Materia medica of Madras volume I
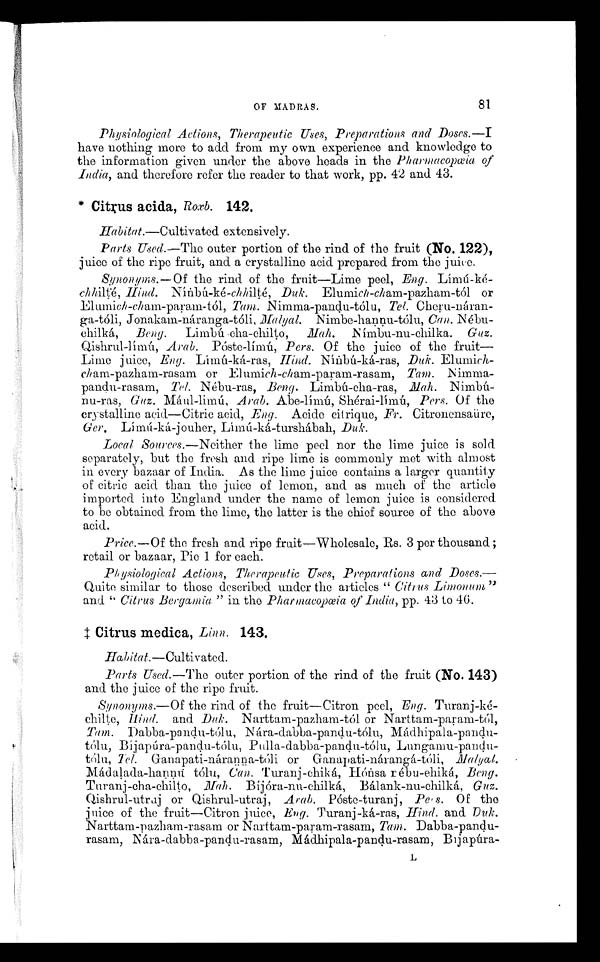
OF MADRAS.
81
Physiological Actions, Therapeutic Uses, Preparations and Doses.— I
have nothing more to add from my own experience and knowledge to
the information given under the above heads in the Pharmacopœia of
India, and therefore refer the reader to that work, pp. 42 and 43.
* Citrus acida, Roxb. 142.
H abitat.—Cultivated extensively.
Parts Used.—The outer portion of the rind of the fruit (No. 122),
juice of the ripe fruit, and a crystalline acid prepared from the juice.
Synonyms.—Of the rind of the fruit—Lime peel, Eng. Límú-ké-
chhilté, Hind. Nínbú-ké-chhilté, Duk. Elumich-ch am-pazham-tól or
Elumi ch -ch am-param-tól, Tam. Nimma-pandu-tólu, Tel. Cheru-náran-
ga-tóli, Jonakam-náran- ga-tóli, Malyal. Nimbe-hannu-tólu, Can. Nébu-
chilká.
Beng. Limbú cha-chilto. Mah.
Nímbu-nu-chilka. Guz.
Qishrul-límú, Arab . Póste-límú,
Pers. Of the juice of the fruit—
Lime juice, Eng. Límú-ká-ras, Hind. Nínbú-ká-ras, Duk. Elumich
- c h
a m - p a z h a m - r a s a m o r E l u m ic
h
- c h
a m - p a r a m - r a s a m ,
T a m .
N imma
- p a n d u - r a s a m ,
T e l .
N é b u - r a s ,
B e n g .
L i m b ú - c h a - r a s , M
a h .
N imb
ú - n
u - r a s ,
G a z .
M á u l - l i m ú ,
A r a b .
A b e - l í m ú , S h é r a i - l í m ú ,
P e r s .
O f t h e
crystalline acid—Citric acid, Eng. Acide citrique, Fr. Citronensaüre,
Ger. L í m ú - k á - j o u h e r , L í m ú - k á - t u r s h á b a h , D u k .
Local Sources .—Neither the lime peel nor the lime juice is sold
separately, but the fresh and ripe lime is commonly met with almost
in every bazaar of India. As the lime juice contains a larger quantity
of citric acid than the juice of lemon, and as much of the article
imported into England under the name of lemon juice is considered
to be obtained from the lime, the latter is the chief source of the above
acid.
Price.—Of the fresh and ripe fruit—Wholesale, Rs. 3 per thousand ;
retail or bazaar, Pie 1 for each.
Physiological Actions, Therapeutic Uses, Preparations and Doses.—
Quite similar to those described under the articles " Citrus Limonum "
and " Citrus Bergamia " in the Pharmacopœia of India, pp. 43 to 46.
‡ C i t r u s m e d i c a ,
L i n n .
143.
Habitat.—Cultivated.
Parts Used.—The outer portion of the rind of the fruit (No. 143)
and the juice of the ripe fruit.
Synonyms.—Of the rind of the fruit—Citron peel, Eng. Turanj-ké-
chilte, Hind. and Duk. Narttam-pazham-tól or Narttam-param-tól,
Tam. Dabba-pandu-tólu, Nára-dabba-pandu-tólu, Mádhipala-pandu-
tólu, Bíjapúra-pandu-tólu, Pulla-dabba-pandu-tólu, Lungamu-pandu-
tólu, Tel. Ganapati-náranna-tóli or Ganapati-nárangá-tóli,
M a l y a l .
M a d a l a d a - h a n n í t ó l u ,
C a n .
T u r a n j - c h i k á , H ó n s a
r é
b u - e h i k á ,
B e n g .
Turanj-cha-chilto, Mah. Bíjóra-nu-chilká, Bálank-nu-chilká, Guz.
Qishrul-utraj or Qishrul-utraj, Arab. Póste-turanj, Pe' s. OF the
juice of the fruit—Citron juice, Eng. Turanj-ká-ras, Hind. and Duk.
Narttam-pazham-rasam or Narttam-param-rasam, Tam. Dabba-pandu-
rasam, Nára-dabba-pandu-rasam, Mádhipala-pandu-rasam, Bijapúra-
L